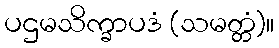
ပဌမသိက္ခာပဒံ (သမတ္တံ)။